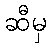
ဆီမှ